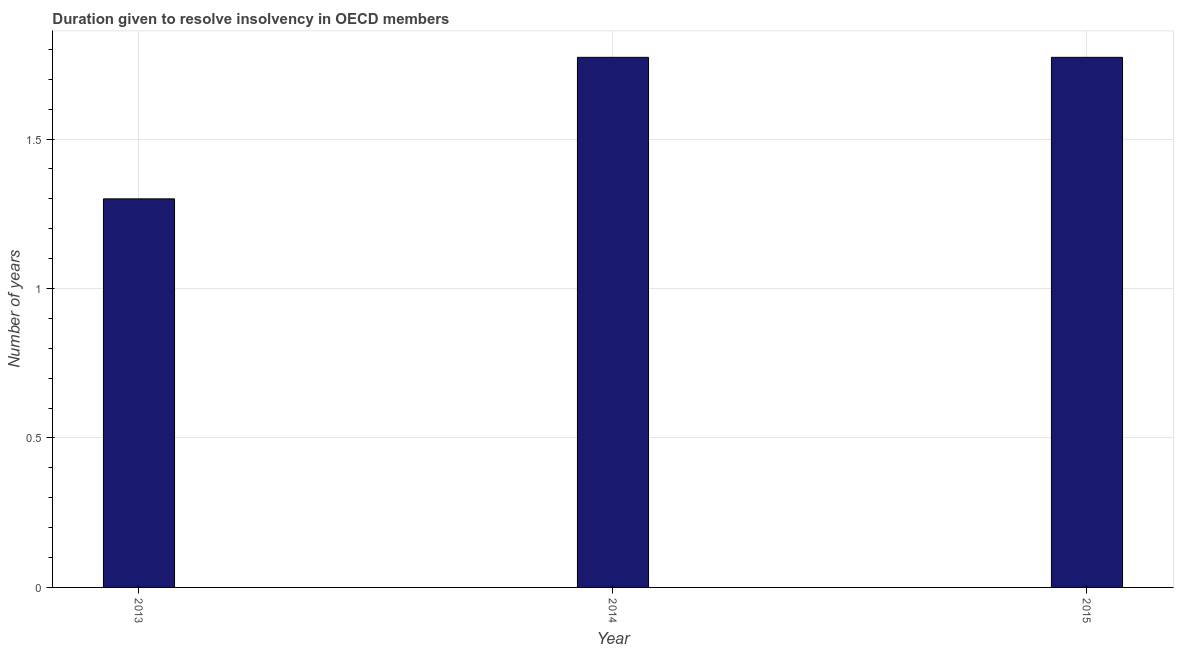
| Year | Resolve insolvency |
 | --- | --- |
 | 2013 | 1.3 |
 | 2014 | 1.77 |
 | 2015 | 1.77 |